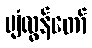
ပျံလွန်တော်